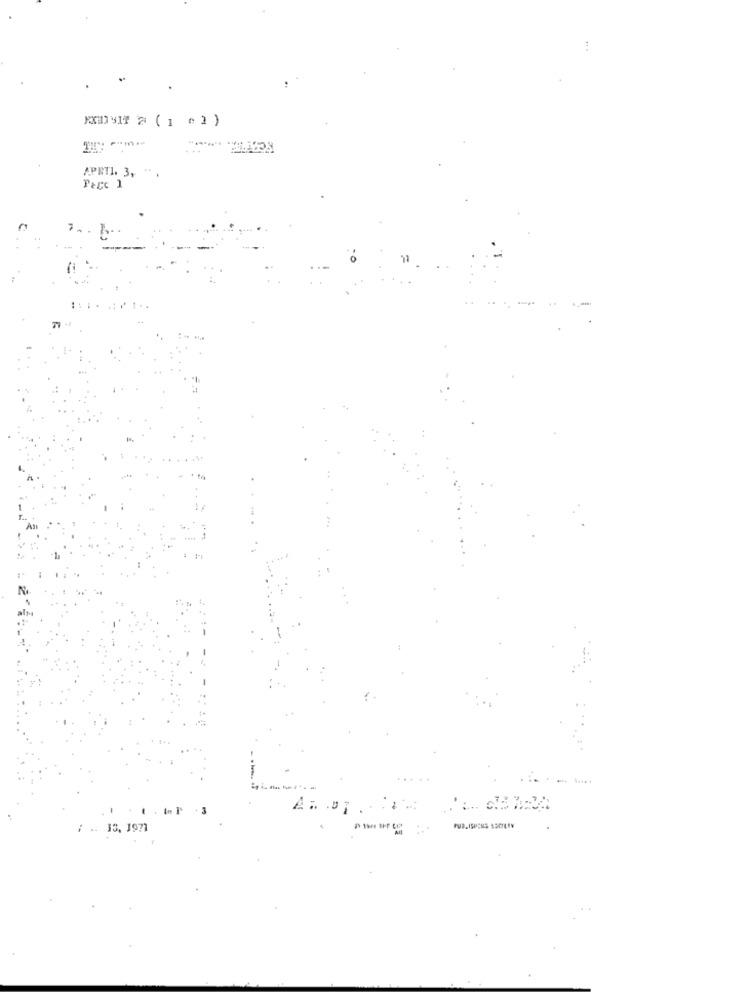
APETI. 3, ",
. ..
/ .. 15. 1971